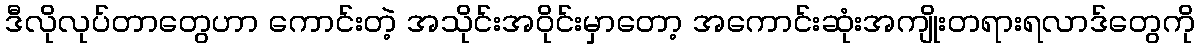
ဒီလိုလုပ်တာတွေဟာ ကောင်းတဲ့ အသိုင်းအဝိုင်းမှာတော့ အကောင်းဆုံးအကျိုးတရားရလာဒ်တွေကို